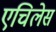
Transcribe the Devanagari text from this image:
एचिलेस